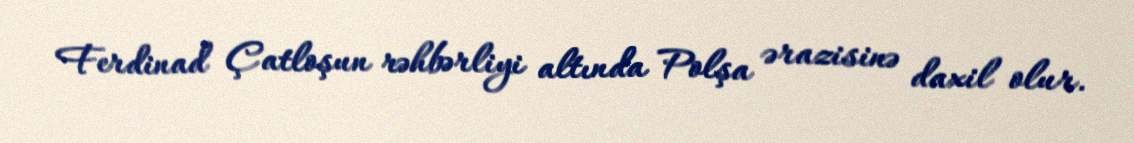
Ferdinad Çatloşun rəhbərliyi altında Polşa ərazisinə daxil olur.